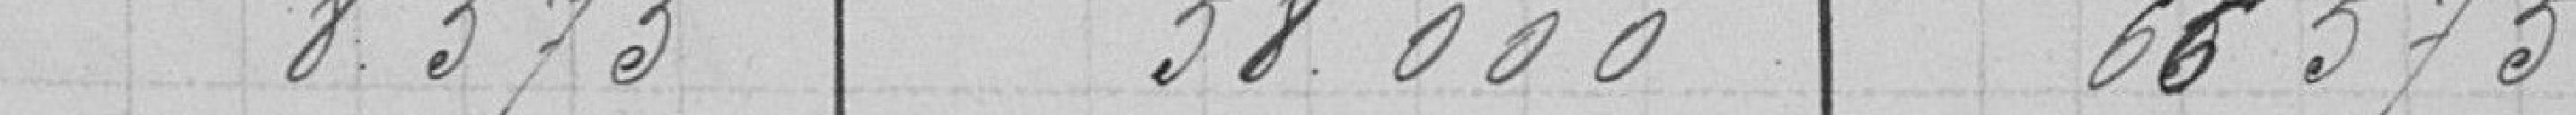
8.575        58.000       66585